Civil Veterinary Department. Madras. Admin. report 1926-33 - 1926-1933
Year: 1926
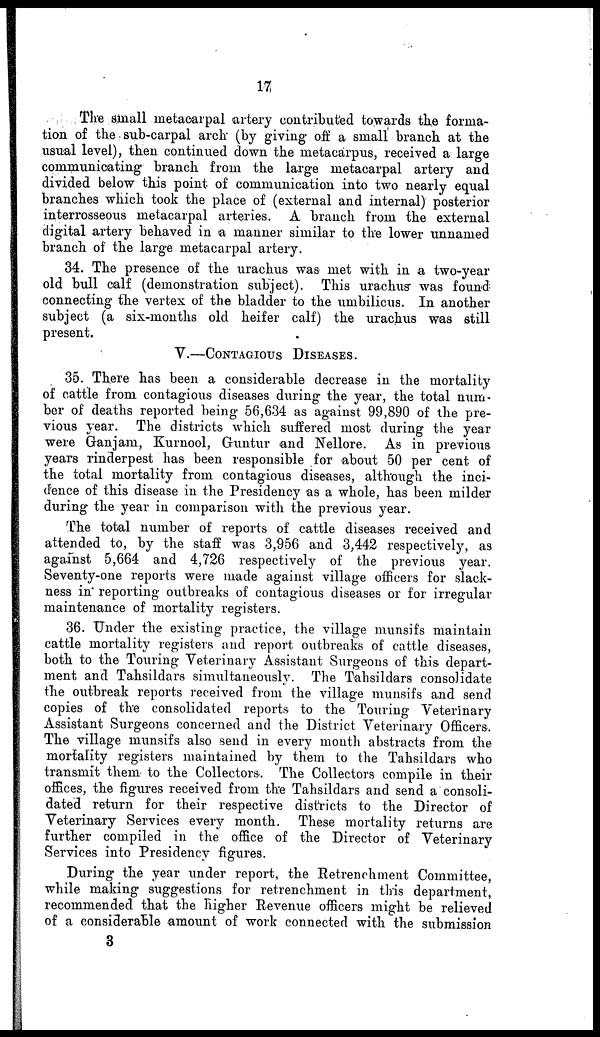
17
The small metacarpal artery contributed towards the forma-
tion of the sub-carpal arch (by giving off a small branch at the
usual level), then continued down the metacarpus, received a large
communicating branch from the large metacarpal artery and
divided below this point of communication into two nearly equal
branches which took the place of (external and internal) posterior
interosseous metacarpal arteries. A branch from the external
digital artery behaved in a manner similar to the lower unnamed
branch of the large metacarpal artery.
34. The presence of the urachus was met with in a two-year
old bull calf (demonstration subject). This urachus was found
connecting the vertex of the bladder to the umbilicus. In another
subject (a six-months old heifer calf) the urachus was still
present.
V.—CONTAGIOUS DISEASES.
35. There has been a considerable decrease in the mortality
of cattle from contagious diseases during the year, the total num-
ber of deaths reported being 56,634 as against 99,890 of the pre-
vious year. The districts which suffered most during the year
were Ganjam, Kurnool, Guntur and Nellore. As in previous
years rinderpest has been responsible for about 50 per cent of
the total mortality from contagious diseases, although the inci-
dence of this disease in the Presidency as a whole, has been milder
during the year in comparison with the previous year.
The total number of reports of cattle diseases received and
attended to, by the staff was 3,956 and 3,442 respectively, as
against 5,664 and 4,726 respectively of the previous year.
Seventy-one reports were made against village officers for slack-
ness in reporting outbreaks of contagious diseases or for irregular
maintenance of mortality registers.
36. Under the existing practice, the village munsifs maintain
cattle mortality registers and report outbreaks of cattle diseases,
both to the Touring Veterinary Assistant Surgeons of this depart-
ment and Tahsildars simultaneously. The Tahsildars consolidate
the outbreak reports received from the village munsifs and send
copies of the consolidated reports to the Touring Veterinary
Assistant Surgeons concerned and the District Veterinary Officers.
The village munsifs also send in every month abstracts from the
mortality registers maintained by them to the Tahsildars who
transmit them to the Collectors. The Collectors compile in their
offices, the figures received from the Tahsildars and send a consoli-
dated return for their respective districts to the Director of
Veterinary Services every month. These mortality returns are
further compiled in the office of the Director of Veterinary
Services into Presidency figures.
During the year under report, the Retrenchment Committee,
while making suggestions for retrenchment in this department,
recommended that the higher Revenue officers might be relieved
of a considerable amount of work connected with the submission
3